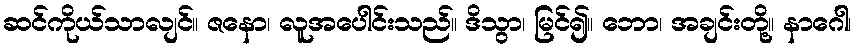
ဆင်ကိုယ်သာလျင်။ ဇနော၊ လူအပေါင်းသည်။ ဒိသွာ၊ မြင်၍။ ဘော၊ အချင်းတို့။ နာဂေါ၊